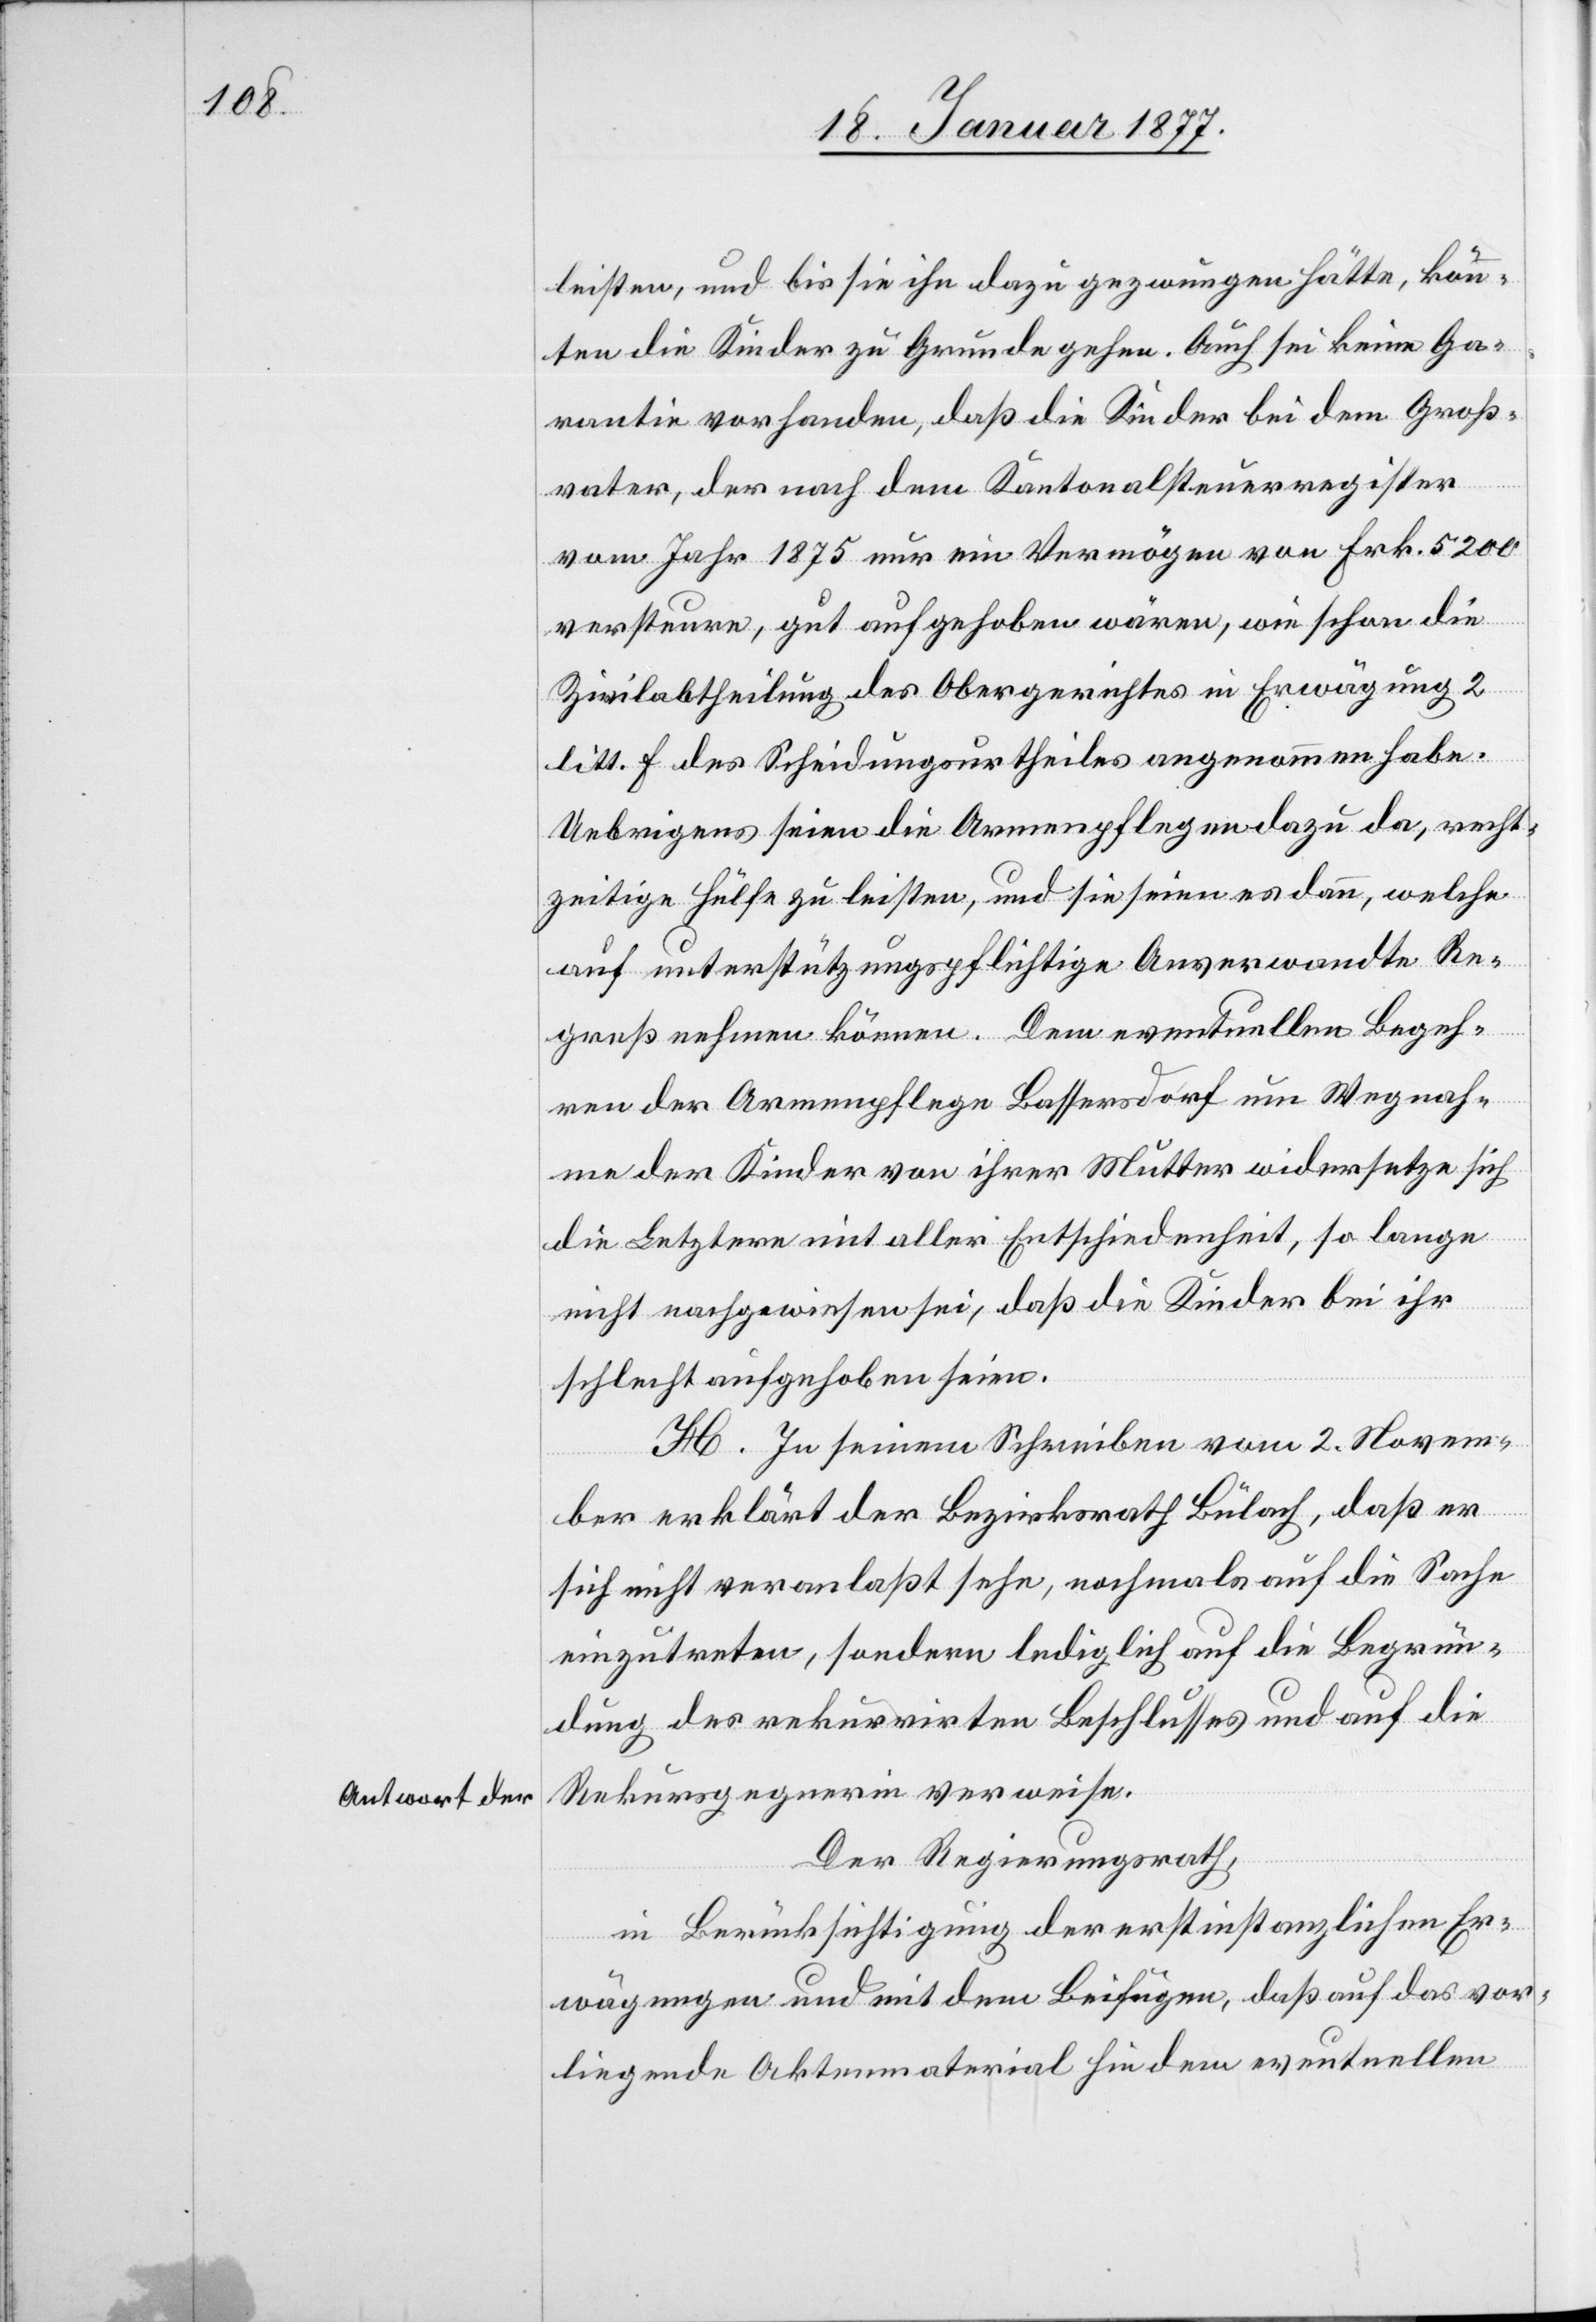
Antwort der

leisten, und bis sie ihn dazu gezwungen hätte, könn¬
ten die Kinder zu Grunde gehen. Auch sei keine Ga¬
rantie vorhanden, daß die Kinder bei dem Groß¬
vater, der nach dem Kantonalsteuerregister
vom Jahr 1875 nur ein Vermögen von Frk. 5200
versteure, gut aufgehoben wären, wie schon die
Zivilabtheilung des Obergerichtes in Erwägung 2
litt. F des Scheidungsurtheiles angenommen habe.
Uebrigens seien die Armenpflegen dazu da, recht¬
zeitige Hülfe zu leisten, und sie seien es dann, welche
auf unterstützungspflichtige Anverwandte Re¬
greß nehmen können. Dem eventuellen Begeh¬
ren der Armenpflege Bassersdorf um Wegnah¬
me der Kinder von ihrer Mutter widersetze sich
die Letztere mit aller Entschiedenheit, so lange
nicht nachgewiesen sei, daß die Kinder bei ihr
schlecht aufgehoben seien.
H. In seinem Schreiben vom 2. Novem¬
ber erklärt der Bezirksrath Bülach, daß er
sich nicht veranlaßt sehe, nochmals auf die Sache
einzutreten, sondern lediglich auf die Begrün¬
dung des rekurrirten Beschlusses und auf die
Rekursgegnerin verweise.
Der Regierungsrath,
in Berücksichtigung der erstinstanzlichen Er¬
wägungen und mit dem Beifügen, daß auf das vor¬
liegende Aktenmaterial hin dem eventuellen